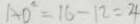
A D ^ { 2 } = 1 6 - 1 2 = 4